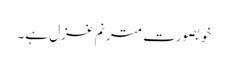
خوبصورت مترنم غزل ہے۔